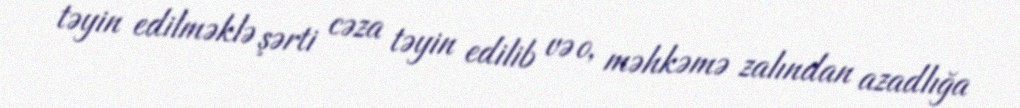
təyin edilməklə şərti cəza təyin edilib və o, məhkəmə zalından azadlığa